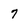
Character: 7